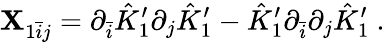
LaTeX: \mathbf{X}_{1\bar{{i}}j}=\partial_{\bar{{i}}}\hat{{K}}_{1}^{\prime}\partial_{j}\hat{{K}}_{1}^{\prime}-\hat{{K}}_{1}^{\prime}\partial_{\bar{{i}}}\partial_{j}\hat{{K}}_{1}^{\prime}\ .